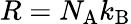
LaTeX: R=N_{\mathrm{A}}k_{\mathrm{B}}